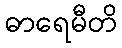
ဓာရေမီတိ